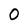
Character: 0